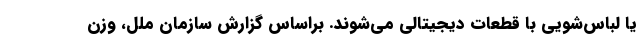
یا لباس‌شویی با قطعات دیجیتالی می‌شوند. براساس گزارش سازمان ملل، وزن